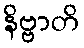
နိဗ္ဗာတိ